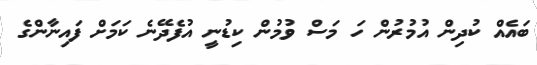
ބައެއް ކުދިން އުމުރުން ހަ މަސް ވުމުން ކިޑުނީ އުފެދޭނެ ކަމަށް ފައިނާންގެ